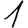
Digit: 1